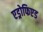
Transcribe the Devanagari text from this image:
एड्रोफिएड